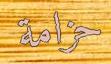
حزامة